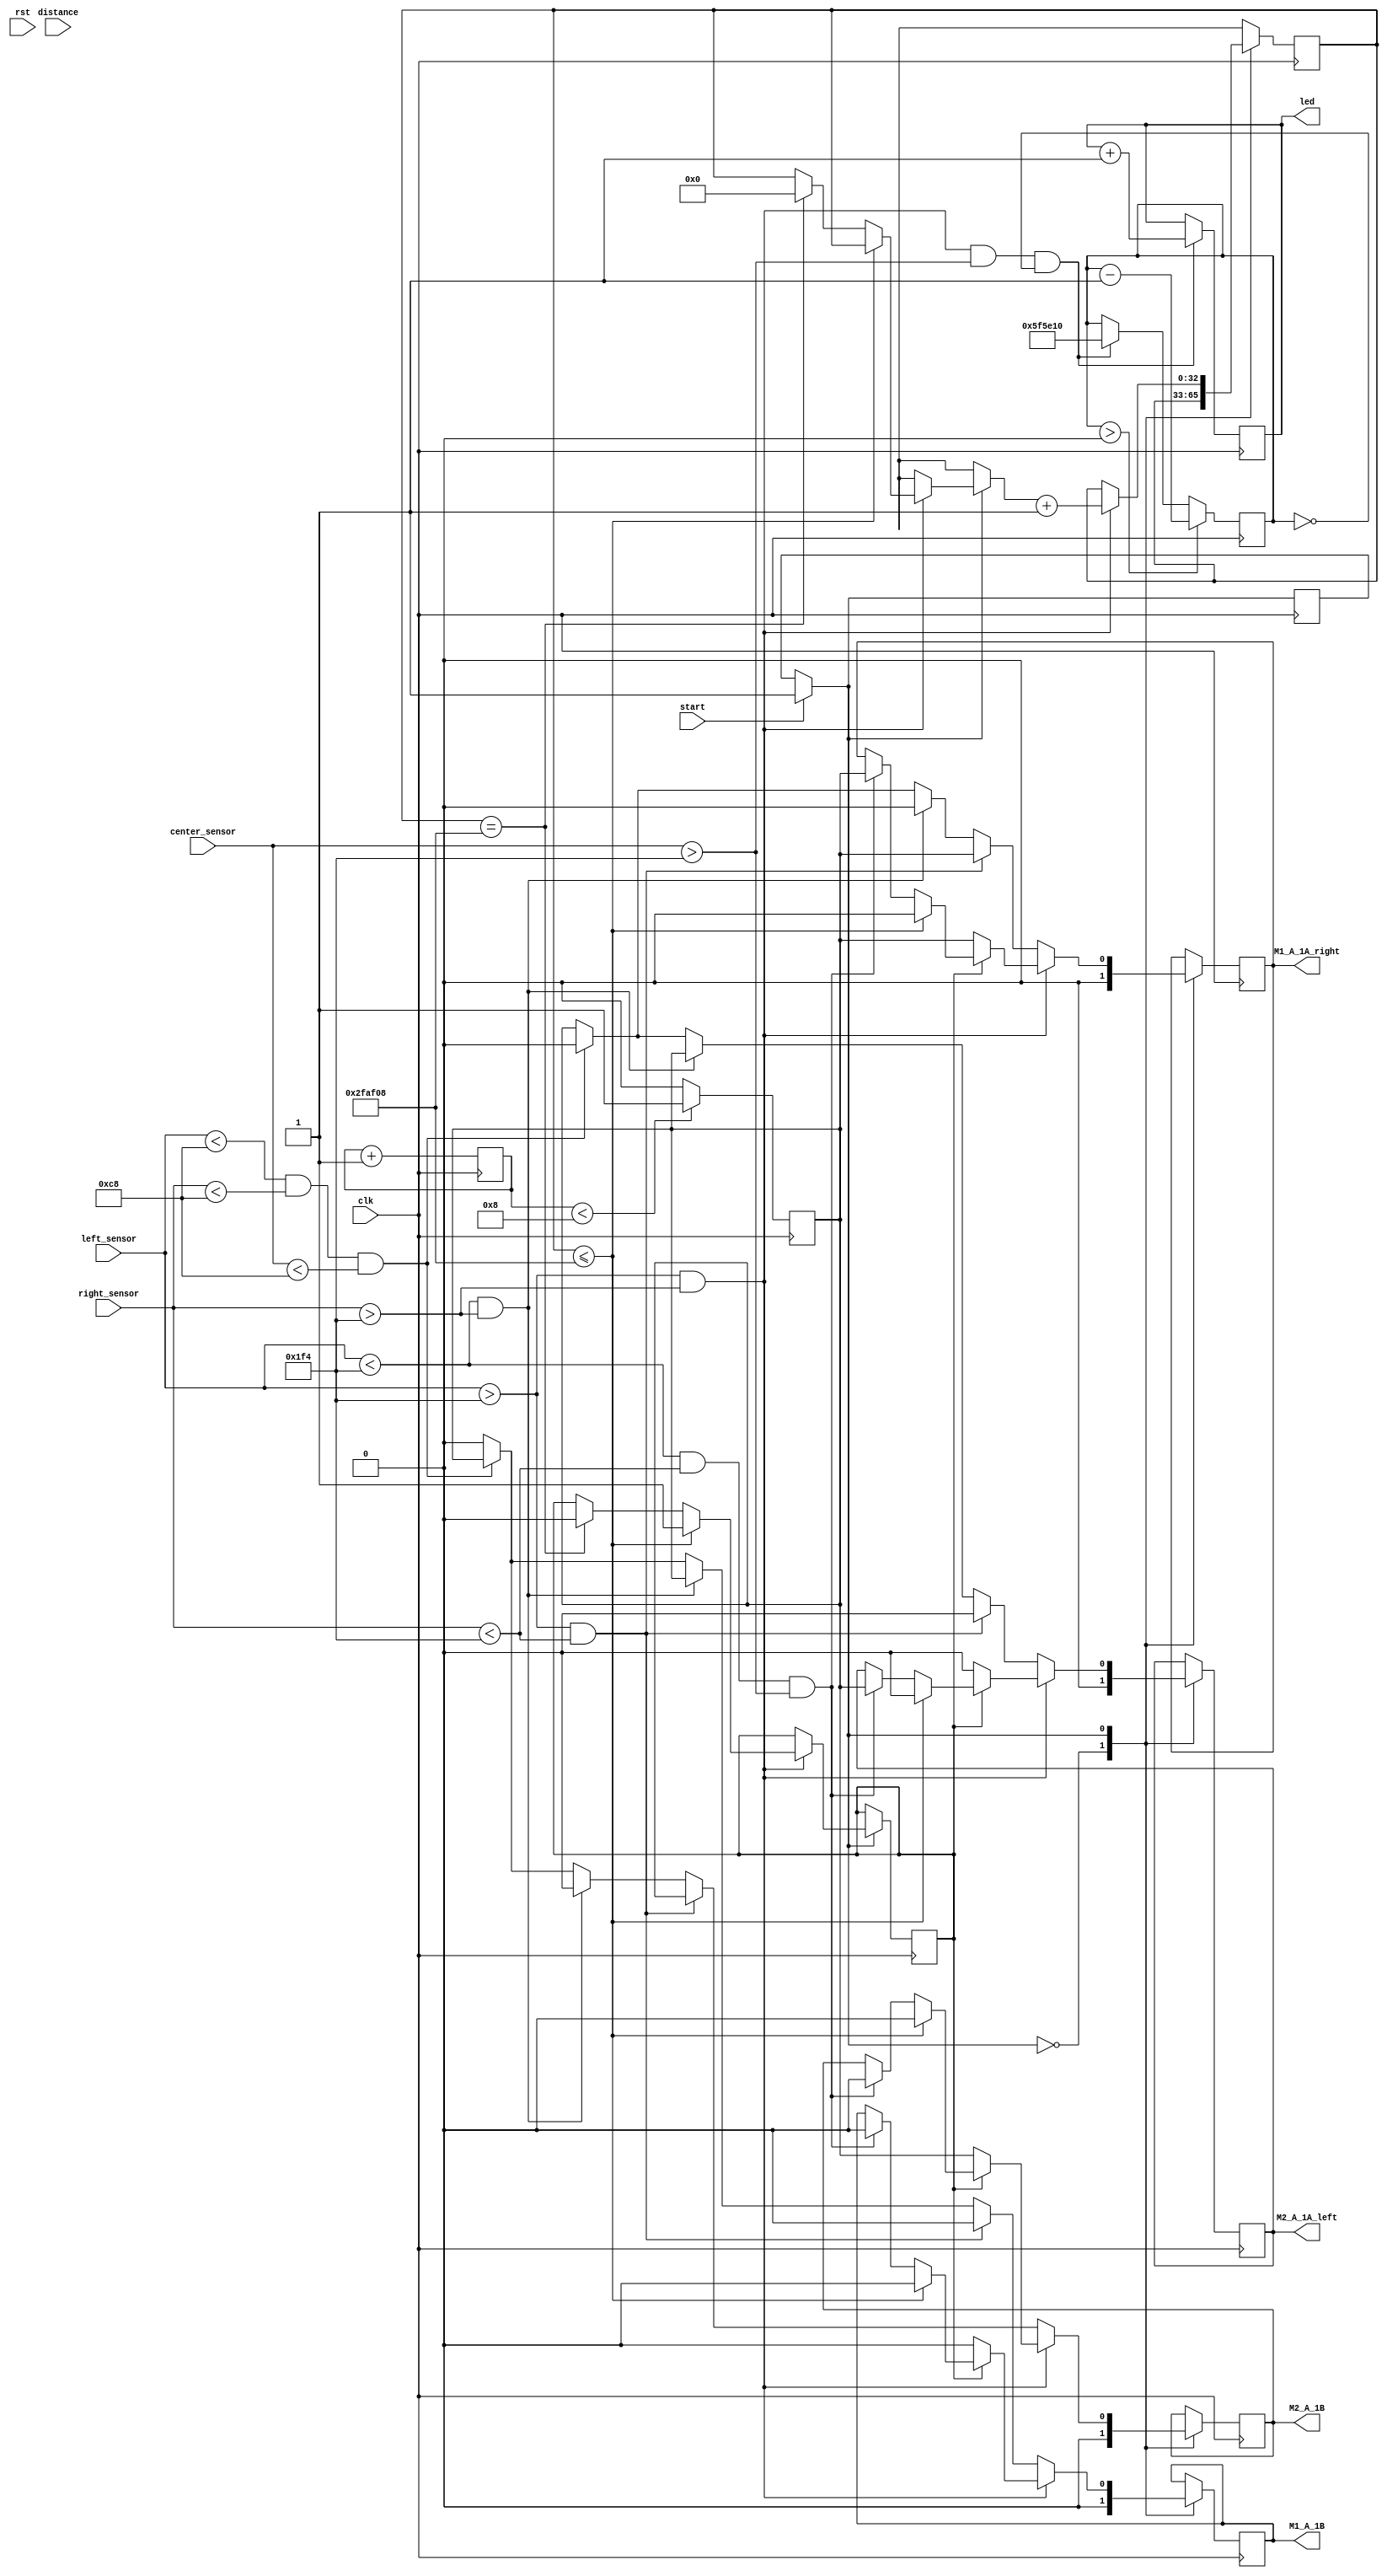
module bot_run(input clk,    input rst,
    input [11:0] left_sensor,
    input [11:0] center_sensor,
    input [11:0] right_sensor,
	 input start,
	 input [21:0]distance,
    output reg M1_A_1A_right,   // Forward motion signal
    output reg M1_A_1B,   		  // Backward motion signal
	 output reg M2_A_1A_left,    // Forward motion signal
    output reg M2_A_1B,   		  // Backward motion signal
	 output reg led
);
	reg pwm_signal;
	reg [3:0]counter;
	reg [3:0]nodecount;
	wire [4:0]node;
	reg [32:0]timer;
	reg a;
	reg state;
	reg [32:0] delay_counter;
	
	initial counter =0;
	initial state = 0;
	
	always@(posedge clk )
	begin
		pwm_signal <= (counter < 5'b1000) ? 1 : 0; 
		counter <= counter+1;
	end
	
	
always @(posedge clk) 
begin
	if(start == 1) 
		state = 1;
		
		
	case(state)
	0: begin
			M1_A_1A_right <= 0;   // Forward motion signal
			M1_A_1B <= 0;   // Backward motion signal
			M2_A_1A_left <=0 ;   // Forward motion signal
			M2_A_1B <= 0;  // Backward motion signal
	  	end
	1: begin
//		if(node == 6)
//		begin
//			M1_A_1A_right <= pwm_signal;   // Forward motion signal
//			M1_A_1B <= 0;   // Backward motion signal
//			M2_A_1A_left <=0 ;   // Forward motion signal
//			M2_A_1B <= pwm_signal;  // Backward motion signal  
//		end
//		else if(node >= 13)
//		begin
//			M1_A_1A_right <= 0;   // Forward motion signal
//			M1_A_1B <= 0;   // Backward motion signal
//			M2_A_1A_left <=0 ;   // Forward motion signal
//			M2_A_1B <= 0;  // Backward motion signal
//		end
//		else 
//		begin
			if(left_sensor < 500 && right_sensor < 500 && center_sensor > 500)
			begin
				M1_A_1A_right <= pwm_signal;   // Forward motion signal
				M1_A_1B <= 0;   // Backward motion signal
				M2_A_1A_left <= pwm_signal;   // Forward motion signal
				M2_A_1B <= 0;  // Backward motion signal
			end
	
			if(left_sensor > 500 && right_sensor > 500) 
			begin
				if(delay_counter <= 3_125_000) begin
					M1_A_1A_right <= 0;   // Forward motion signal
					M1_A_1B <= 0;   // Backward motion signal
					M2_A_1A_left <=0 ;   // Forward motion signal
					M2_A_1B <= 0;  // Backward motion signal
	  
					a <= 1;
				end
				else if(delay_counter == 3_125_000) begin
					a <= 0;
					delay_counter = 0;
				end
	
				delay_counter = delay_counter + 1;
				if(a != 1) 
				begin
					M1_A_1A_right <= pwm_signal;   // Forward motion signal
					M1_A_1B <= 0;   // Backward motion signal
					M2_A_1A_left <=0 ;   // Forward motion signal
					M2_A_1B <= pwm_signal;  // Backward motion signal
// here bot have to take dicision to turn right or left of go straight
				end
			end
			
			else if(left_sensor > 500 && right_sensor < 500)
			begin
				M1_A_1A_right <= pwm_signal;   // Forward motion signal
				M1_A_1B <= 0;   // Backward motion signal
				M2_A_1A_left <=0 ;   // Forward motion signal
				M2_A_1B <= pwm_signal;  // Backward motion signal
			end
	
			else if(left_sensor < 500 && right_sensor > 500)
			begin
				M1_A_1A_right <=0 ;   // Forward motion signal
				M1_A_1B <= pwm_signal;   // Backward motion signal
				M2_A_1A_left <=pwm_signal ;   // Forward motion signal
				M2_A_1B <= 0;  // Backward motion signal
			end
			
			else if(left_sensor < 200 && right_sensor < 200 && center_sensor < 200)
			begin
				M1_A_1A_right <=0 ;   // Forward motion signal
				M1_A_1B <= pwm_signal;   // Backward motion signal
				M2_A_1A_left <=0 ;   // Forward motion signal
				M2_A_1B <= pwm_signal;  // Backward motion signal
			end
	
			else 
			begin
				M1_A_1A_right <= pwm_signal;   // Forward motion signal
				M1_A_1B <= 0;   // Backward motion signal
				M2_A_1A_left <= pwm_signal;   // Forward motion signal
				M2_A_1B <= 0;  // Backward motion signal
			end
		end
	endcase
end

always@(posedge clk)
begin
	if(left_sensor > 500 && right_sensor > 500 && center_sensor > 500 && timer == 0)
	begin
		nodecount <= nodecount + 1;
		led = led + 1;
		timer <= 6_250_000;
	end
	if(timer > 0) 
		timer <= timer - 1;
end

assign node = nodecount;
	
endmodule